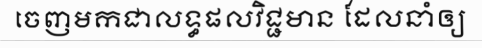
ចេញមកជាលទ្ធផលវិជ្ជមាន ដែលនាំឲ្យ